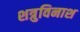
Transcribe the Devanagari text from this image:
शत्रुविनाश